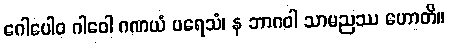
ဂေါပေါဝ ဂါဝေါ ဂဏယံ ပရေသံ၊ န ဘာဂဝါ သာမညဿ ဟောတိ။